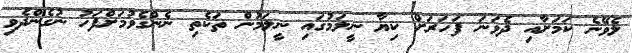
ލެވޭނެ ކަމަށާއި ދެވަނަ ފަހަރަށް ކިޔާ ނީލަމުގައި ނީލަމުން ތަކެތި ނެންގެވުމަށްފަހު ނުގެންދެވި